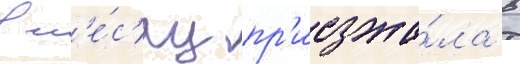
в м'е́с'яц пр'иезжа́ла в